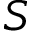
S